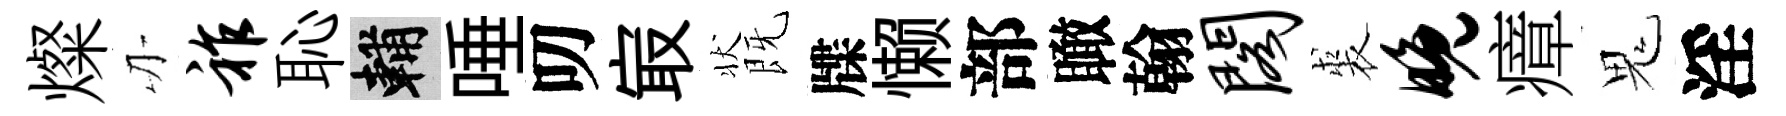
燦刃祚恥輔唾叨㝡状既牒懒部瞰翰阁裘晚瘴鬼淫